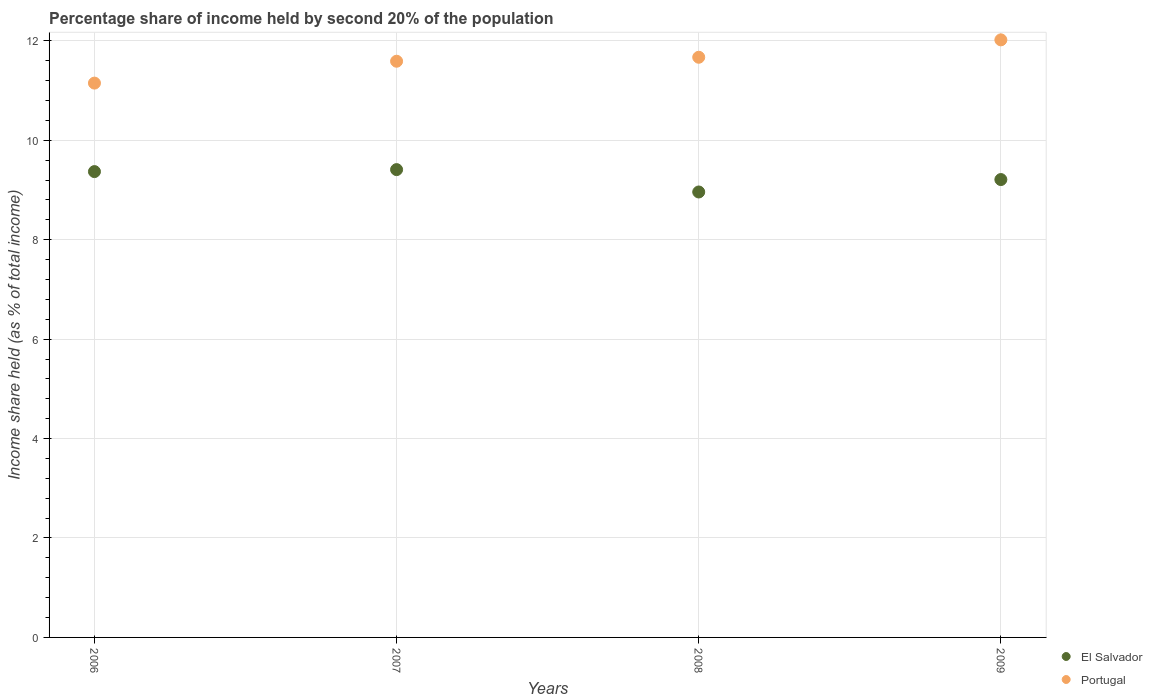
| Years | El Salvador | Portugal |
 | --- | --- | --- |
 | 2006 | 9.37 | 11.2 |
 | 2007 | 9.41 | 11.6 |
 | 2008 | 8.96 | 11.7 |
 | 2009 | 9.21 | 12 |